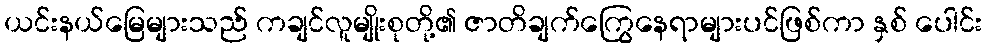
ယင်းနယ်မြေများသည် ကချင်လူမျိုးစုတို့၏ ဇာတိချက်ကြွေနေရာများပင်ဖြစ်ကာ နှစ် ပေါင်း